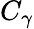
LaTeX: C_{\gamma}